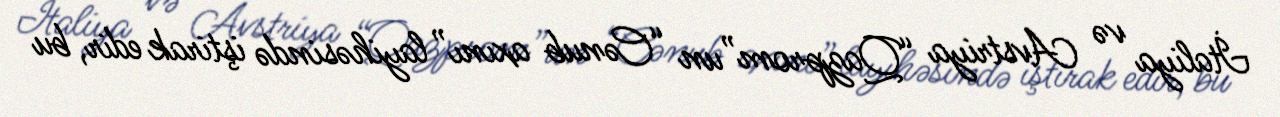
İtaliya və Avstriya “Qazprom”un “Cənub axını” layihəsində iştirak edir, bu